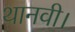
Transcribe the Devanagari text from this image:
थानवी।